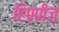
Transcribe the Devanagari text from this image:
हिप्पीज़